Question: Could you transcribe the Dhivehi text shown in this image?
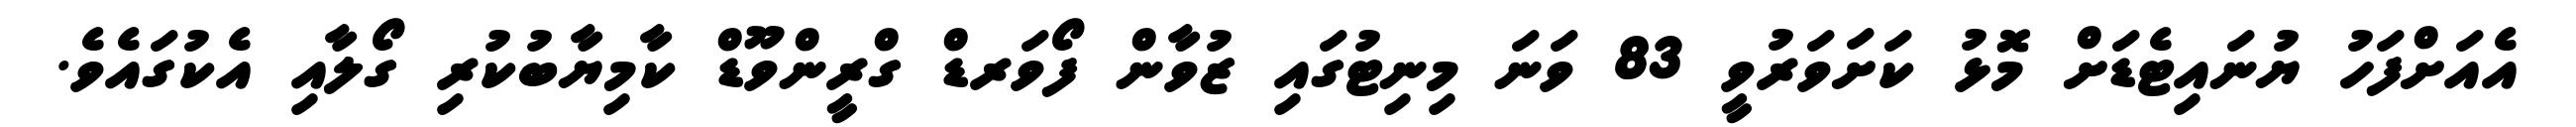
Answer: އެއަށްފަހު ޔުނައިޓެޑަށް މޮޅު ކަށަވަރުވީ 83 ވަނަ މިނިޓުގައި ޒުވާން ފޯވަރޑް ގްރީންވޫޑް ކާމިޔާބުކުރި ގޯލާއި އެކުގައެވެ.